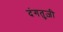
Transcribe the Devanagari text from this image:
दंगतुज़ी